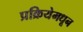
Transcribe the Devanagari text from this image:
प्रक्रियेमधून